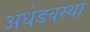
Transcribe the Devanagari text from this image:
अधेडवस्था